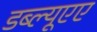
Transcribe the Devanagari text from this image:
डब्ल्यूएए